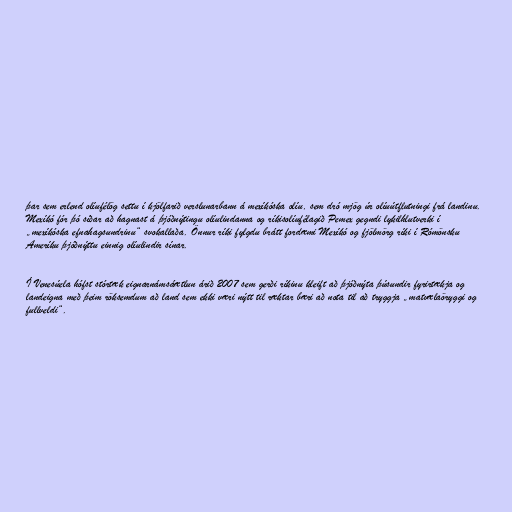
þar sem erlend olíufélög settu í kjölfarið verslunarbann á mexíkóska olíu, sem dró mjög úr olíuútflutningi frá landinu.
Mexíkó fór þó síðar að hagnast á þjóðnýtingu olíulindanna og ríkisolíufélagið Pemex gegndi lykilhlutverki í
„mexíkóska efnahagsundrinu“ svokallaða. Önnur ríki fylgdu brátt fordæmi Mexíkó og fjölmörg ríki í Rómönsku
Ameríku þjóðnýttu einnig olíulindir sínar.

Í Venesúela hófst stórtæk eignarnámsáætlun árið 2007 sem gerði ríkinu kleift að þjóðnýta þúsundir fyrirtækja og
landeigna með þeim röksemdum að land sem ekki væri nýtt til ræktar bæri að nota til að tryggja „matvælaöryggi og
fullveldi“.